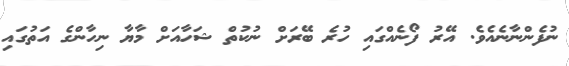
ނުފެންނާނެއެވެ. އޭރު ފޯނެއްގައި ހުރެ ބޭރަށް ނުކުތް ޝަހާއަށް މާޔާ ނިހާންގެ އަތުގައި